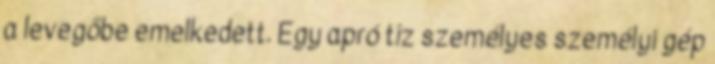
a levegőbe emelkedett. Egy apró tíz személyes személyi gép